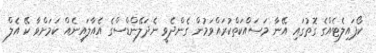
ކޯޕައިލެޓެއްގެ ގޮތުގައި އޭނާ މަސައްކަތްކުރައްވަމުން ގެންދެވީ ނެދަލޭންޑްސްގެ އެއާލައިނެއް ކަަމަށްވާ ކޭ އެލް